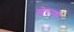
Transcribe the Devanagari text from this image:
खेताणी